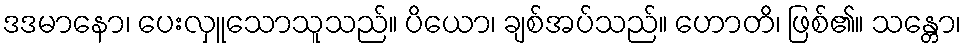
ဒဒမာနော၊ ပေးလှူသောသူသည်။ ပိယော၊ ချစ်အပ်သည်။ ဟောတိ၊ ဖြစ်၏။ သန္တော၊